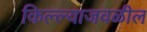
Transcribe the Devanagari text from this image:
किल्ल्याजवळील